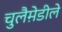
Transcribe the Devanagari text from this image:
चुलैमे़डीले